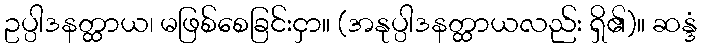
ဥပ္ပါဒနတ္ထာယ၊ မဖြစ်စေခြင်းငှာ။ (အနုပ္ပါဒနတ္ထာယလည်း ရှိ၏)။ ဆန္ဒံ